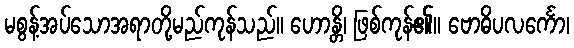
မစွန့်အပ်သောအရာတို့မည်ကုန်သည်။ ဟောန္တိ၊ ဖြစ်ကုန်၏။ ဗောဓိပလင်္ကော၊